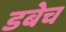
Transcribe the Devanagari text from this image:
डबेच